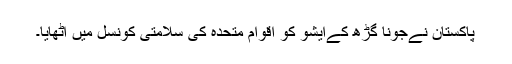
پاکستان نےجونا گڑھ کےایشو کو اقوام متحدہ کی سلامتی کونسل میں اٹھایا۔